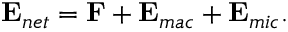
{ \bf { E } } _ { n e t } = { \bf { F } } + { \bf { E } } _ { m a c } + { \bf { E } } _ { m i c } .